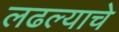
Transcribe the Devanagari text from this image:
लढल्याचे